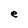
Character: e